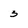
Character: 3